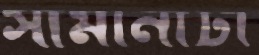
সীমানাটা